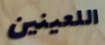
اللعينين